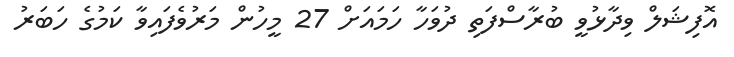
އޮފިޝަލް ވިދާޅުވީ ބުރާސްފަތި ދުވަހާ ހަމައަށް 27 މީހުން މަރުވެފައިވާ ކަމުގެ ހަބަރު